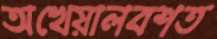
অখেয়ালবশত